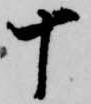
十